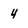
Character: 4